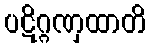
ပဋိဂ္ဂဏှထာတိ